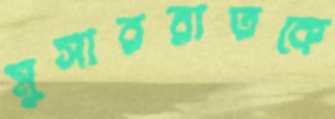
মুসাররাতকে